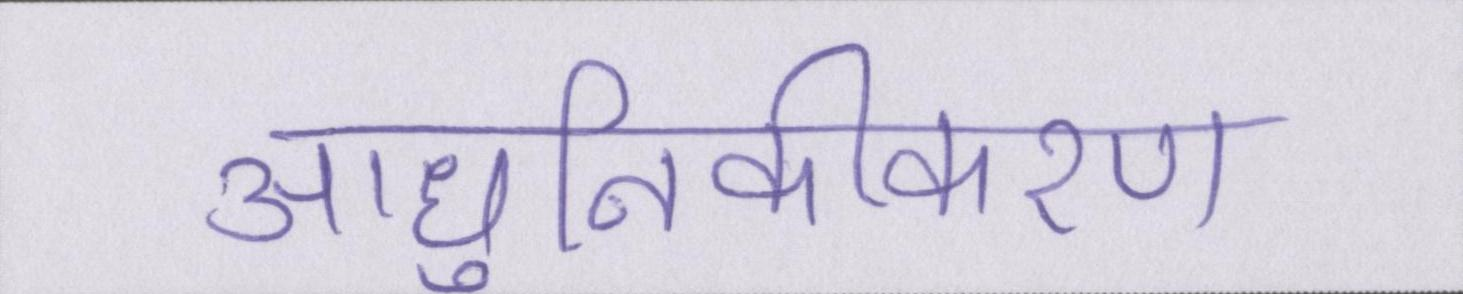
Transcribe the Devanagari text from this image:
आधुनिकीकरण